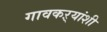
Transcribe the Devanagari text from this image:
गावकऱ्यांशी